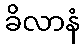
ခိလာနံ